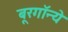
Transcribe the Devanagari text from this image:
बूरगॉन्ये